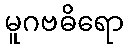
မူဂဗဓိရော